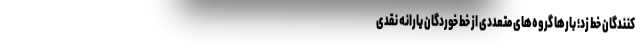
‌کنندگان خط زد؛ بارها گروه‌های متعددی از خط خوردگانِ یارانه نقدی